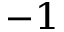
^ { - 1 }